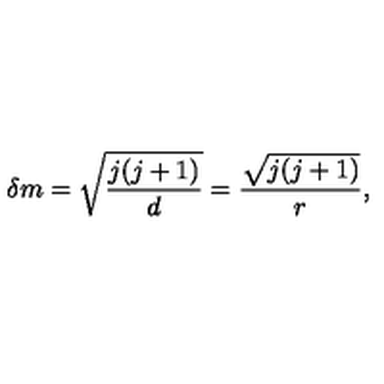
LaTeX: \delta m = \sqrt { \frac { j ( j + 1 ) } { d } } = \frac { \sqrt { j ( j + 1 ) } } { r } ,